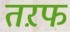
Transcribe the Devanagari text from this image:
तऱफ